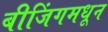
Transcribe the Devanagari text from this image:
बीजिंगमधून